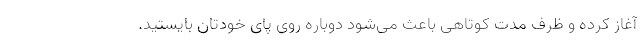
آغاز کرده و ظرف مدت کوتاهی باعث می‌شود دوباره روی پای خودتان بایستید.